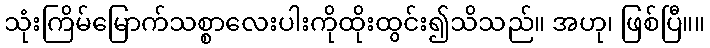
သုံးကြိမ်မြောက်သစ္စာလေးပါးကိုထိုးထွင်း၍သိသည်။ အဟု၊ ဖြစ်ပြီ။။